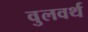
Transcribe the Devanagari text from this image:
वुलवर्थ